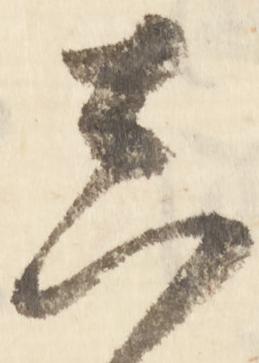
真